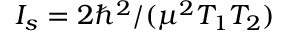
I _ { s } = 2 \hbar ^ { 2 } / ( \mu ^ { 2 } T _ { 1 } T _ { 2 } )